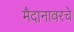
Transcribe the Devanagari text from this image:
मैदानावरचे